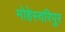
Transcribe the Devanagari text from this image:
मोहेस्वरिपुर